Vaccination North-Western Provinces 1866-1877 - 1866-1877
Year: 1866
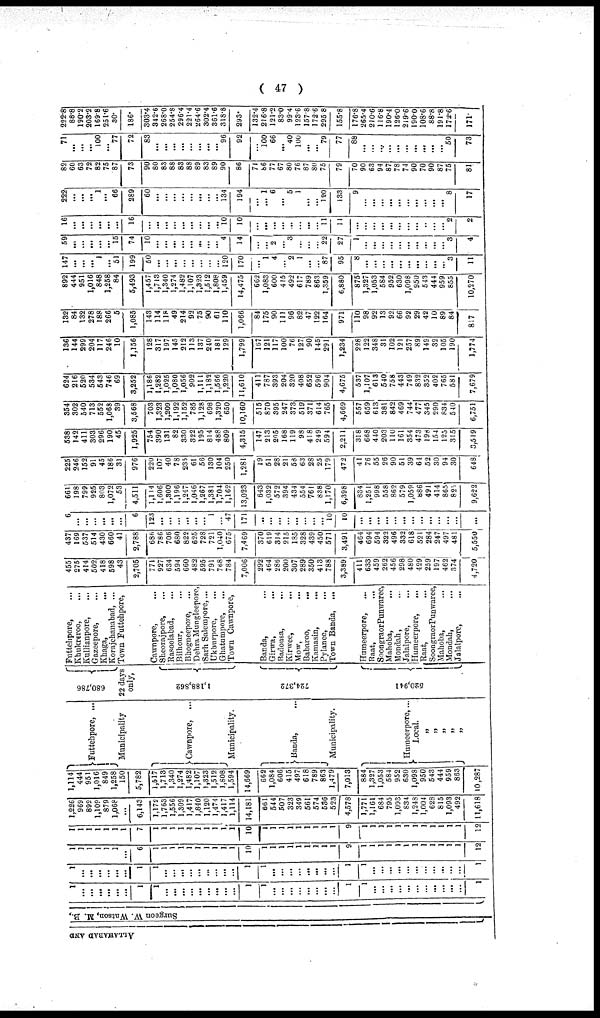
( 47 )
ALLAHABAD AND
Surgeon W. Watson, M. B.,
1
...
...
...
...
...
...
I
1
...
...
...
...
...
...
...
...
...
1
1
...
...
...
...
...
...
...
...
1
1
...
...
...
...
...
...
...
...
...
...
...
1
1
...
...
...
...
...
...
1
1
...
...
...
...
...
....
...
...
...
1
1
...
...
...
...
...
...
...
...
1
1
...
...
...
...
...
...
...
...
...
...
...
1
1
1
1
1
1
1
...
6
1
1
1
1
1
1
1
1
1
1
10
1
1
1
1
1
1
1
1
1
9
1
1
1
1
1
1
1
1
1
1
1
1
12
1
1
1
1
1
1
1
7
1
1
1
1
1
1
1
1
1
1
10
1
1
1
1
1
1
1
1
1
9
1
1
1
1
1
1
1
1
1
1
1
1
12
1,226
969
892
1,109
879
1,068
...
6,143
1,172
1,763
1,556
1,309
1,417
1,840
1,120
1,474
1,417
1,114
14,181
661
544
507
323
349
561
574
536
523
4,578
1,771
1,161
684
795
1,093
834
1,248
1,004
628
815
1,093
492
11,618
1,114
444
951
1,016
849
1,258
150
5,782
1,517
1,713
1,340
1,274
1,482
1,107
1,323
1,512
1,808
1,594
14,669
662
1,084
606
415
497
618
789
863
1,479
7,013
884
1,327
1,053
584
952
630
1,098
950
543
444
959
863
10,287
Futtehpore, ...
Municipality
Cawnpore, ...
Municipality.
Banda, ...
Municipality.
Humeerpore, ...
Local.
„
„
„
„
„
680,786
22 days
only,
1,188,862
724,372
520,941
Futtehpore, ...
Khukreroo, ...
Kullianpore, ...
Gazeepore, ...
Khaga,
...
Korajchanabad, ...
Town Futtehpore, ...
Cawnpore, ...
Sheorajpore, ...
Rasoolabad, ...
Bilhour, ...
Bhogneepore, ...
Dehra Mungleepore,
Sarh Salempore, ...
Ukburpore, ...
Ghatumpore, ...
Town Cawnpore,
Banda, ...
Girwa,...
Badousa, ...
Kirwee, ...
Mow, ...
Babaroo, ...
Kamasin, ...
Pylanee, ...
Town Banda, ...
Humeerpore,
...
Raat, ...
Soongraor Punwaree,
Mahoba, ...
Mondah, ...
Jalalpore, ...
Humeerpore, ...
Raat, ...
Soongraor Punwaree,
Mahoba, ...
Manoba, ...
Jalalpore,
455
275
414
502
418
598
43
2,705
771
927
634
594
660
482
595
791
768
784
7,006
292
464
286
200
307
289
350
413
788
3,389
411
633
459
262
456
298
480
429
259
197
462
374
4,720
437
169
537
514
430
660
41
2,788
686
786
706
680
822
625
728
721
1,040
675
7,469
370
619
314
215
185
328
439
450
571
3,491
464
694
594
322
496
332
618
521
284
247
497
481
5,550
6
...
...
...
...
...
...
6
123
...
...
...
...
...
... 1
47
171
...
...
...
...
...
...
...
...
10
10
...
...
...
...
...
...
...
...
...
...
...
...
...
661
198
799
925
803
1,072
53
4,511
1,114
1,606
1,300
1,196
1,247
1,046
1,267
1,381
1,704
1,162
13,023
643
1,032
572
394
434
554
761
838
1,170
6,398
834
1,251
998
558
862
579
1,059
886
491
414
865
825
9,622
225
246
152
91
45
186
31
976
220
107
40
78
235
61
56
130
104
250
1,281
19
51
28
21
58
63
28
25
179
472
41
76
55
26
90
51
39
64
52
30
94
30
648
538
142
411
303
296
190
45
1,925
754
390
131
82
330
322
195
814
488
809
4,315
147
213
205
168
119
98
418
249
594
2,211
318
668
440
203
110
161
354
473
198
154
125
315
3,519
354
302
540
713
552
1,068
39
3,568
703
1,323
1,209
1,192
1,152
785
1,128
698
1,320
650
10,160
515
870
395
247
373
519
371
614
765
4,669
557
659
613
381
842
469
744
477
345
290
834
540
6,751
624
216
520
534
543
746
69
3,252
1,186
1,282
1,025
1,080
1,056
902
1,111
1,182
1,566
1,220
11,610
411
787
393
204
320
408
652
596
904
4,675
537
1,107
613
540
758
443
749
832
352
402
765
581
7,679
136
144
299
204
117
246
10
1,156
128
317
197
145
212
113
137
240
181
129
1,799
167
121
117
100
76
127
90
145
291
1,234
228
122
348
31
102
121
257
89
149
32
105
190
1,774
132
84
132
278
188
266
5
1,085
143
114
118
49
214
92
75
90
61
110
1,066
84
175
90
111
96
82
47
122
164
971
110
98
92
13
92
66
92
29
42
10
89
84
817
892
444
951
1,016
848
1,258
84
5,493
1,457
1,713
1,340
1,274
1,482
1,107
1,323
1,512
1,808
1,459
14,475
662
1,083
600
415
492
617
789
863
1,359
6,880
875
1,327
1,053
584
952
630
1,098
950
543
444
959
855
10,270
147
...
...
...
1
...
51
199
50
...
...
...
...
...
...
...
... 120
170
...
1
4
... 2
1
...
... 87
95
8
...
...
...
...
...
...
...
...
...
... 3
11
59
...
...
...
...
... 15
74
10
...
...
...
...
...
...
...
... 4
14
...
... 2
... 3
...
...
... 22
27
1
...
...
...
...
...
...
...
...
...
... 3
4
16
...
...
...
...
...
...
16
...
...
...
...
...
...
...
... 10
10
...
...
...
...
...
...
11
11
...
...
...
...
...
...
...
...
..
...
... 2
2
222
...
...
... 1
... 66
289
60
...
...
...
...
...
...
... 134
194
...
... 1
6
... 5
1
...
... 120
133
9
...
...
...
...
...
...
...
...
...
... 8
17
82
60
63
72
82
75
87
73
90
80
83
88
83
88
89
83
89
90
86
71
86
77
67
80
76
87
80
75
79
70
90
63
94
87
78
74
90
70
90
87
75
81
71
...
...
...
100
...
77
72
83
...
...
...
...
...
...
...
... 96
92
...
100
66
... 40
100
...
... 79
77
88
...
...
...
...
...
...
...
...
...
... 50
73
222.8
88.8
190.2
203.2
169.8
251.6
30.
186.
303.4
342.6
268.0
254.8
296.4
221.4
264.6
302.4
361.6
318.8
293.
132.4
216.8
121.2
83.0
99.4
123.6
157.8
172.6
295.8
155.8
176.8
265.4
210.6
116.8
190.4
126.0
219.6
190.0
108.6
88.8
191.8
172.6
171.